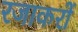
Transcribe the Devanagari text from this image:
रजाकरों